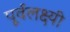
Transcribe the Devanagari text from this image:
पूर्वलक्ष्यी